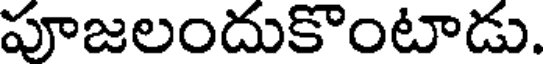
పూజలందుకొంటాడు.